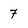
Character: 7